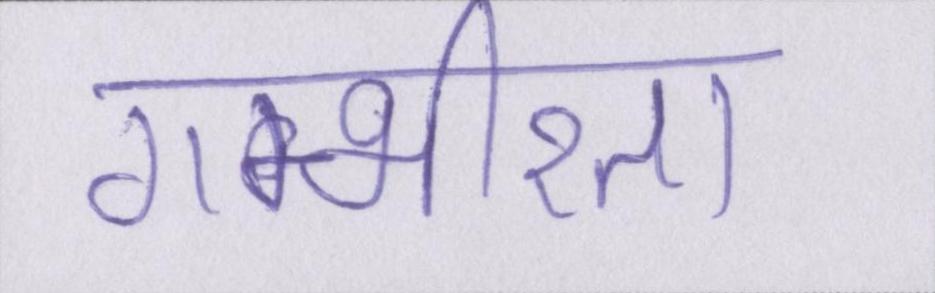
गम्भीरता